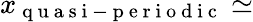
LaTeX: x_{\mathrm{~q~u~a~s~i~-~p~e~r~i~o~d~i~c~}}\simeq